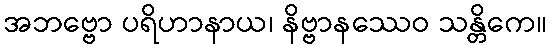
အဘဗ္ဗော ပရိဟာနာယ၊ နိဗ္ဗာနဿေဝ သန္တိကေ။